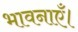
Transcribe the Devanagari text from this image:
भावनाएँ।